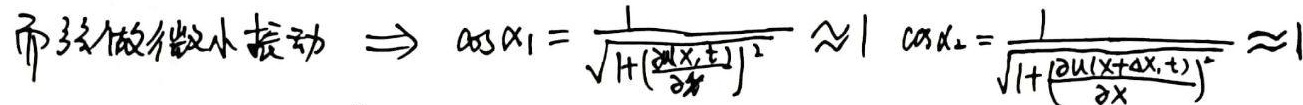
而弦做微小振动 $\Rightarrow \cos \alpha_1=\frac{1}{\sqrt{1+(\frac{\partial u(x,t)}{\partial x})^2}}\approx 1 \quad \cos \alpha_2=\frac{1}{\sqrt{1+(\frac{\partial u(x+\Delta x,t)}{\partial x})^2}}\approx 1$